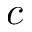
c